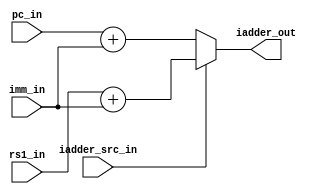
module msrv32_immediate_adder(
    input [31:0] pc_in,       
    input [31:0] rs1_in,     
    input [31:0] imm_in,      
    input iadder_src_in,      
    output reg [31:0] iadder_out 
);
   always @(*) 
   begin
      iadder_out = (iadder_src_in) ? (rs1_in + imm_in) : (pc_in + imm_in);
   end
endmodule